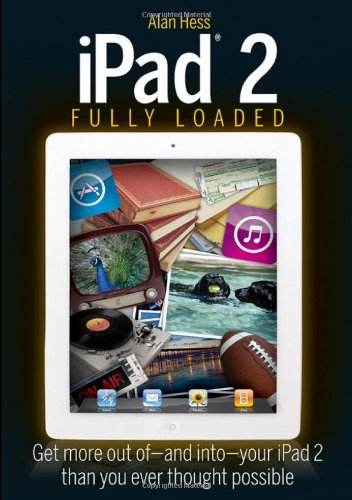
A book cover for iPad 2 Fully Loaded; Alan Hess; Computers & Technology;